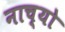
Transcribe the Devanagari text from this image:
नाच्यो